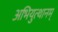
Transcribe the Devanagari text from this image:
अभियुत्थानम्